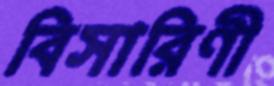
বিসারিণী